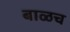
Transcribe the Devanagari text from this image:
बाळच